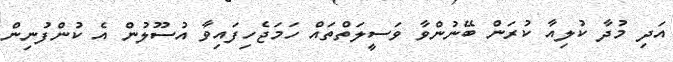
އަދި މުދާ ކުލިއާ ކުރަން ބޭނުންވާ ވަސީލަތްތައް ހަމަޖެހިފައިވާ އުސޫލުން އެ ކުންފުނިން